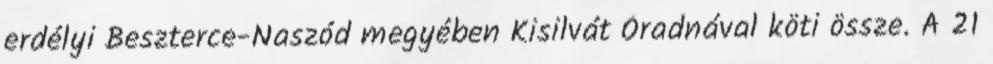
erdélyi Beszterce-Naszód megyében Kisilvát Óradnával köti össze. A 21